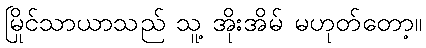
မြိုင်သာယာသည် သူ့ အိုးအိမ် မဟုတ်တော့။